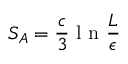
S _ { A } = \frac { c } { 3 } \mathrm { ~ l ~ n ~ } \frac { L } { \epsilon }